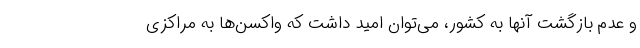
و عدم بازگشت آنها به کشور، می‌توان امید داشت که واکسن‌ها به مراکزی